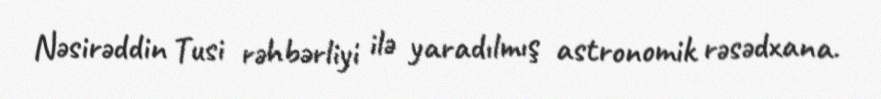
Nəsirəddin Tusi rəhbərliyi ilə yaradılmış astronomik rəsədxana.